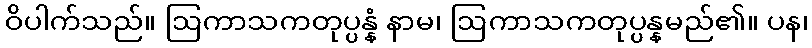
ဝိပါက်သည်။ ဩကာသကတုပ္ပန္နံ နာမ၊ ဩကာသကတုပ္ပန္နမည်၏။ ပန၊